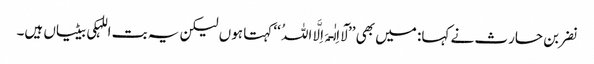
نضر بن حارث نے کہا: میں بھی ’’لَآ اِلٰـہَ اِلَّا اللہُ ‘‘ کہتا ہوں لیکن یہ بت اللہکی بیٹیاں ہیں۔